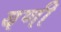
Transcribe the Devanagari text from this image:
यणी